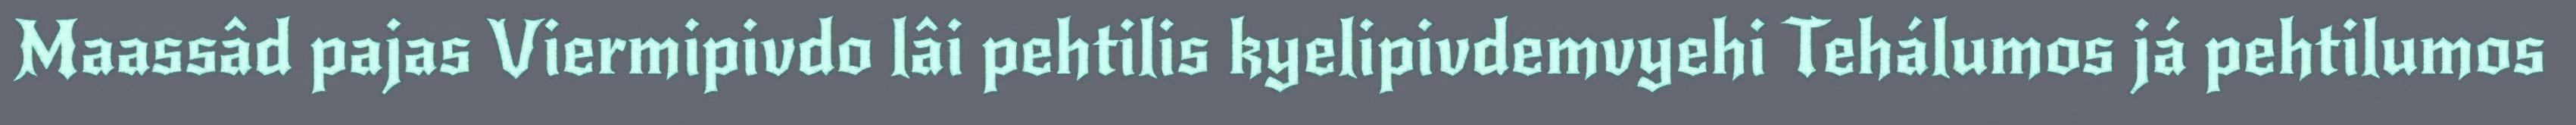
Maassâd pajas Viermipivdo lâi pehtilis kyelipivdemvyehi Tehálumos já pehtilumos